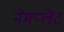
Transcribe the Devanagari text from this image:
नेमप्‍लेट